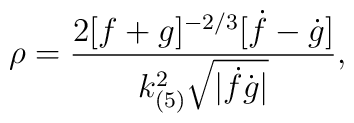
\rho=\frac{2[f+g]^{-2/3}[\dot{f}-\dot{g}]}{k^2_{(5)}\sqrt{|\dot{f}\dot{g}|}},